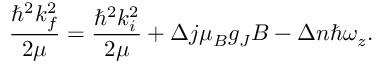
\frac { \hbar ^ { 2 } k _ { f } ^ { 2 } } { 2 \mu } = \frac { \hbar ^ { 2 } k _ { i } ^ { 2 } } { 2 \mu } + \Delta j \mu _ { B } g _ { J } B - \Delta n \hbar \omega _ { z } .